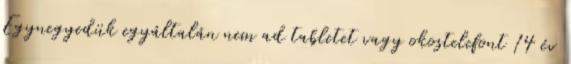
Egynegyedük egyáltalán nem ad tabletet vagy okostelefont 14 év